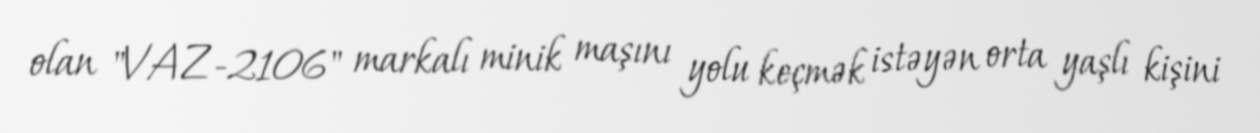
olan "VAZ-2106" markalı minik maşını yolu keçmək istəyən orta yaşlı kişini